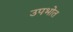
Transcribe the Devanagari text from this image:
उपभोत